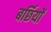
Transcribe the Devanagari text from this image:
बर्छियों